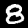
Digit: 8